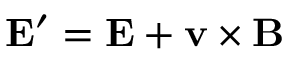
\mathbf { E } ^ { \prime } = \mathbf { E } + \mathbf { v } \times \mathbf { B }